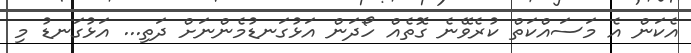
އެކަން އެ މަސައްކަތް ކުރެވޭނެ ގޮތެއް ހޯދަން އަޅުގަނޑުމެންނަށް ދަތި... އަޅުގަނޑު މި